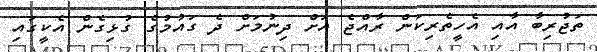
ތަޖުރިބާ އާއި އެހީތެރިކަން ރާއްޖެ އަށް ދިނުމަށް ދެ ގައުމުގެ ގުޅިގެން އެކީގައި